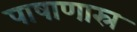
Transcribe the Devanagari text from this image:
पाषाणास्र